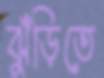
ঝুঁড়িতে